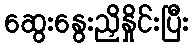
ဆွေးနွေးညှိနှိုင်းပြီး